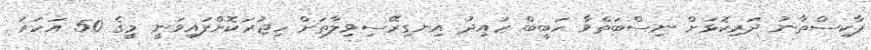
ޕާކިސްތާނު ދަރިކޮޅަށް ނިސްބަތްވާ ހަބީބް ޒައިދު އިނގިރޭސިވިލާތަށް ހިޖުރަކޮށްފައިވަނީ މީގެ 50 އަހަރު